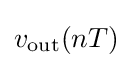
v_{\rm {out}}(nT)